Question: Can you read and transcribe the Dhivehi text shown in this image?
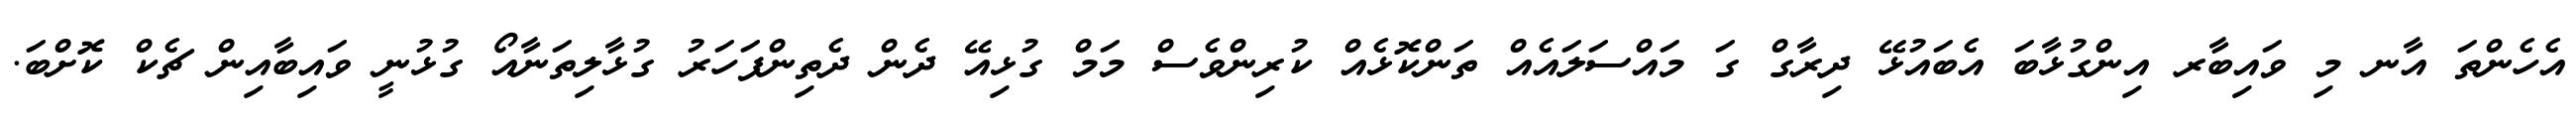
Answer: އެހެންތަ އާނ މި ވައިބާރ އިންގުޅާބަ އެބައުޅޭ ދިރާގް ގަ މައްސަލައެއް ތަންކޮޅެއް ކުރިންވެސް މަމް ގުޅިއޭ ދެން ދެތިންފަހަރު ގުޅާލިތަނާއޯ ގުޅުނީ ވައިބާއިން ޗެކް ކޮށްބަ.